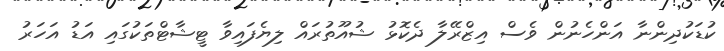
ކުޑަކުދިންނާ އަންހެނުން ވެސް އިޒްރޭލާ ދެކޮޅު ޝުއޫތުރައް ލިޔެފައިވާ ޓީޝާޓްތަކުގައި އަޑު އަހަރު